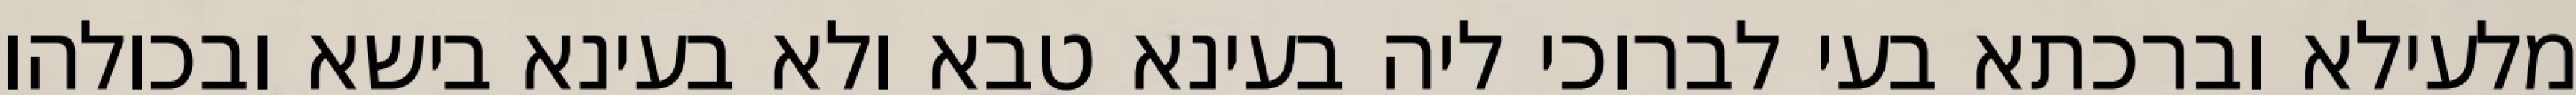
מלעילא וברכתא בעי לברוכי ליה בעינא טבא ולא בעינא בישא ובכולהו